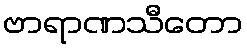
ဗာရာဏသီတော